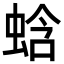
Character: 蛿